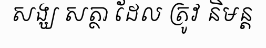
សង្ឃ សត្ថា ដែល ត្រូវ និមន្ត